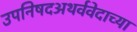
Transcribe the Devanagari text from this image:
उपनिषदअथर्ववेदाच्या